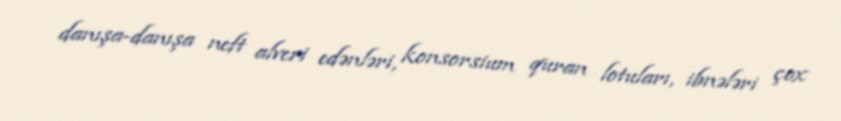
danışa-danışa neft alveri edənləri, konsorsium quran lotuları, ibnələri çox